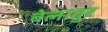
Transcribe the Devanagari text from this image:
बेलातुर